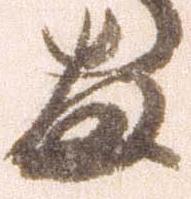
両